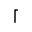
\lceil